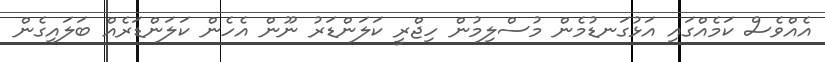
އެއްވެސް ކަމެއްގައި އަޅުގަނޑުމެން މުސްލިމުން ހިޖްރީ ކަލަންޑަރު ނޫން އެހެން ކަލަންޑަރެއް ބަލައިގެން